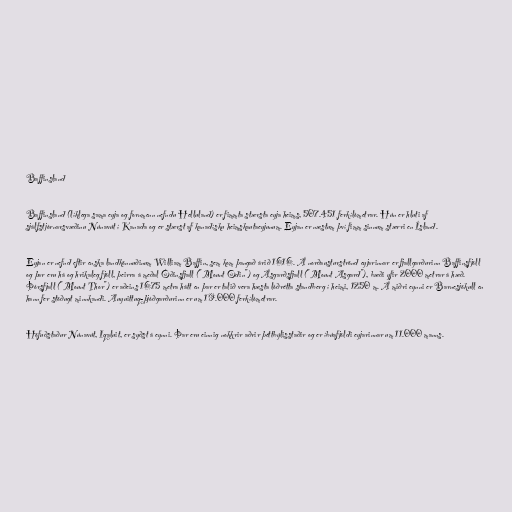
Baffinsland

Baffinsland (líklega sama eyja og fornmenn nefndu Helluland) er fimmta stærsta eyja heims, 507.451 ferkílómetrar. Hún er hluti af
sjálfstjórnarsvæðinu Núnavút í Kanada og er stærst af kanadísku heimskautaeyjunum. Eyjan er næstum því fimm sinnum stærri en Ísland.

Eyjan er nefnd eftir enska landkönnuðinum William Baffin, sem kom þangað árið 1616. Á norðausturströnd eyjarinnar er fjallgarðurinn Baffinsfjöll
og þar eru há og hrikaleg fjöll, þeirra á meðal Óðinsfjall ("Mount Odin") og Ásgarðsfjall ("Mount Asgard"), bæði yfir 2000 metrar á hæð.
Þórsfjall ("Mount Thor") er aðeins 1675 metra hátt en þar er talið vera hæsta lóðrétta standberg í heimi, 1250 m. Á miðri eynni er Barnesjökull en
hann fer stöðugt minnkandi. Auyuittuq-þjóðgarðurinn er um 19.000 ferkílómetrar.

Höfuðstaður Núnavút, Iqaluit, er syðst á eynni. Þar eru einnig nokkrir aðrir þéttbýlisstaðir og er íbúafjöldi eyjarinnar um 11.000 manns.